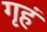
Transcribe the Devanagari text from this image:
गृहं